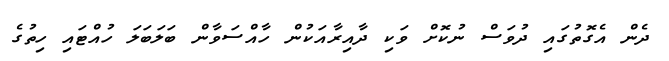
ދެން އެގޮތުގައި ދުވަސް ނުކޮށް ވަކި ދާއިރާއަކުން ހާއްސަވާން ބަލަބަލަ ހުއްޓައި ހިތުގެ